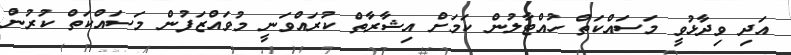
އަދި ވިދާޅުވީ މަސައްކަތް ހުއްޓާލުން ކަމަށް އިޝާރާތް ކުރައްވަނީ މުވައްޒަފުން މަސައްކަތް ކުރުން